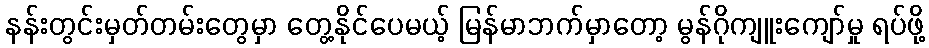
နန်းတွင်းမှတ်တမ်းတွေမှာ တွေ့နိုင်ပေမယ့် မြန်မာဘက်မှာတော့ မွန်ဂိုကျူးကျော်မှု ရပ်ဖို့